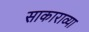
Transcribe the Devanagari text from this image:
साकाराव्या